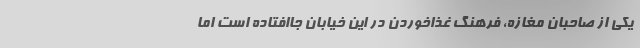
یکی از صاحبان مغازه، فرهنگ غذاخوردن در این خیابان جاافتاده است اما